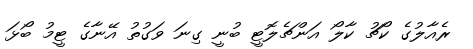
ރެއާލުގެ ކޯޗު ކާލޯ އަންޗެލޮޓީ ބުނީ ގިނަ ވަގުތު އޭނާގެ ޓީމު ބޯޅަ